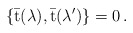
\begin{align*}\{ \bar {\mbox {t}}(\lambda ) , \bar {\mbox {t}}(\lambda ^\prime) \} =0 \, .\end{align*}